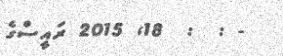
- :  :  18